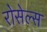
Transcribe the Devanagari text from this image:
रोसेल्स